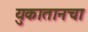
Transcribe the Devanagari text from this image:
युकातानचा